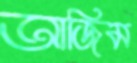
আজিম